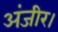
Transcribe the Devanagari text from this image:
अंजीर।